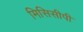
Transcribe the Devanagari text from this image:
मिसिसीपी